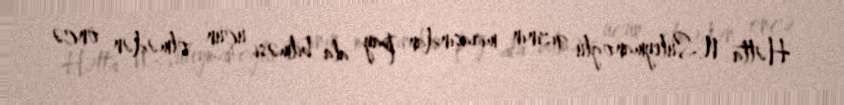
Hətta N.Süleymanoğlu qızının mirasından pay ala bilməsi üçün ölmədən öncə